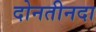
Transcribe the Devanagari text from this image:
दोनतीनदा